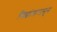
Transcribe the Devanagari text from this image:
सिद्धांतापासून